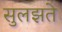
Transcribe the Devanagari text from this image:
सुलझते